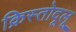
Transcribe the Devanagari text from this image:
क्रिस्तोदूलू